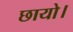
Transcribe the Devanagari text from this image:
छायो।